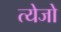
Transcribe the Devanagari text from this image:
त्येजो